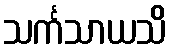
သင်္ကသာယသိ